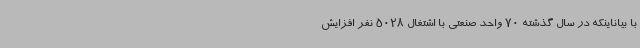
با بیاناینکه در سال گذشته 70 واحد صنعتی با اشتغال 5028 نفر افزایش